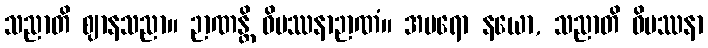
သညာတိ ဈာနသညာ။ ဉာဏန္တိ ဝိပဿနာဉာဏံ။ အပရော နယော, သညာတိ ဝိပဿနာ